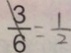
\frac { 3 } { 6 } = \frac { 1 } { 2 }